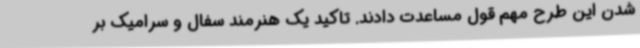
شدن این طرح مهم قول مساعدت دادند. تاکید یک هنرمند سفال و سرامیک بر